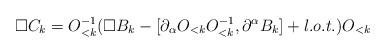
LaTeX: \begin{align*}\Box C_k = O^{-1}_{<k} ( \Box B_k - [\partial_\alpha O_{<k}O^{-1}_{<k} , \partial^\alpha B_k] + l.o.t.) O_{<k} \end{align*}